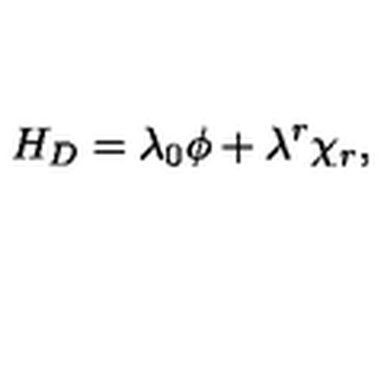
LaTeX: H _ { D } = \lambda _ { 0 } \phi + \lambda ^ { r } \chi _ { r } ,